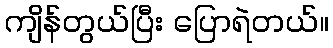
ကျိန်တွယ်ပြီး ပြောရဲတယ်။